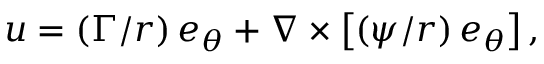
\boldsymbol { u } = \left( \Gamma / r \right) \boldsymbol { e } _ { \theta } + \boldsymbol { \nabla } \times \left[ \left( \psi / r \right) \boldsymbol { e } _ { \theta } \right] ,